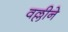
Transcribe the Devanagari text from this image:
वल्लीने